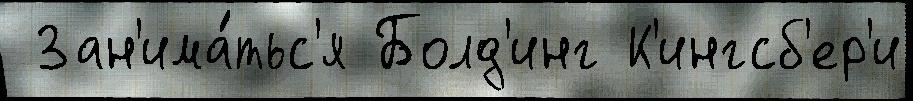
 Зан'има́тьс'я Болд'инг К'ингсб'ер'и